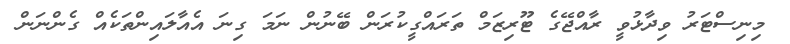
މިނިސްޓަރު ވިދާޅުވީ ރާއްޖޭގެ ޓޫރިޒަމް ތަރައްގީކުރަން ބޭނުން ނަމަ ގިނަ އެއާލައިންތަކެއް ގެންނަން